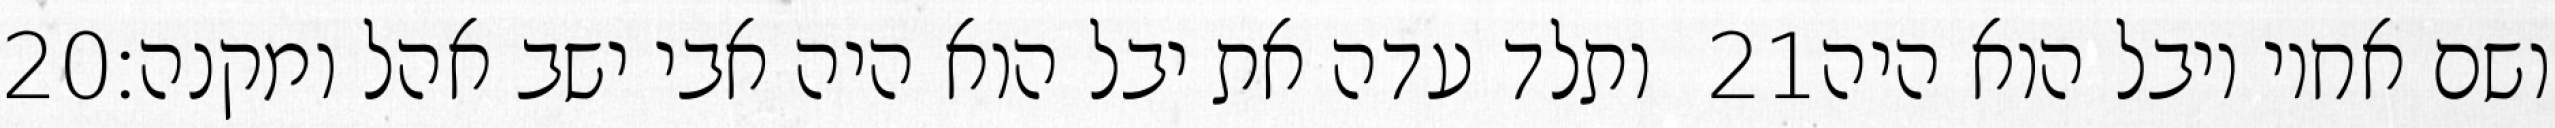
‎20‏ ותלד עדה את יבל הוא היה אבי ישב אהל ומקנה׃ ‎21‏ ושם אחיו יובל הוא היה